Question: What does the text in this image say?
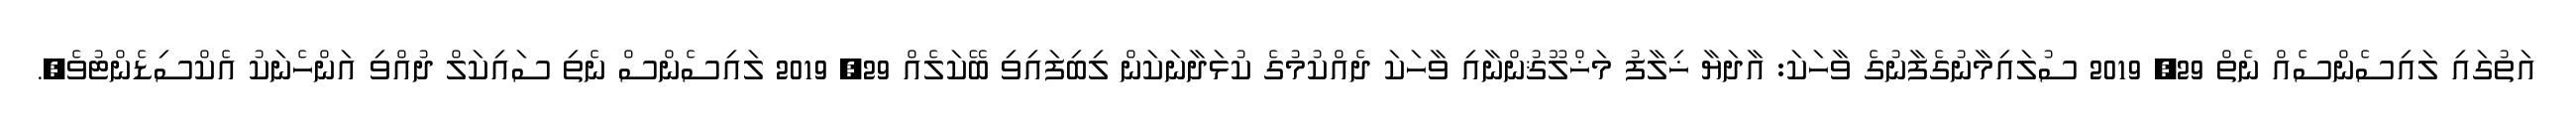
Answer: އަތުގައި ލައިސެންސެއް ނެތް 29, 2019 ސުލައިމާނުގެފާނުގެ ވާހަކަ: އާދަޔާ ޚިލާފު މަޚްލޫޤުންނާއި ވާހަކަ ދެއްކުމުގެ ކުޅަދާނަކަން ލިބިފައިވި ބޭކަލެއް 29, 2019 ލައިސެންސް ނެތި ސައިކަލް ދުއްވި އަންހެނަކު އެކްސިޑެންޓުވެ,.